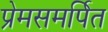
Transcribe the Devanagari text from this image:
प्रेमसमर्पित